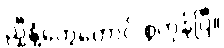
ညှီနံ့တွေတောင် စွဲကုန်ပြီ။